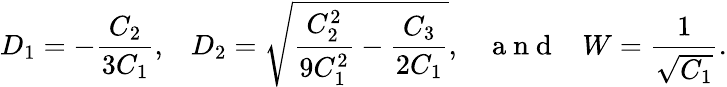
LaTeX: D_{1}=-\frac{C_{2}}{3C_{1}},\; \; \; D_{2}=\sqrt{\frac{C_{2}^{2}}{9C_{1}^{2}}-\frac{C_{3}}{2C_{1}}},\; \; \; \mathrm{~a~n~d~}\; \; \; W=\frac{1}{\sqrt{C_{1}}}.